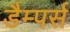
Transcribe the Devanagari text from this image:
डैम्पर्स